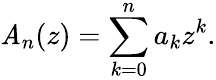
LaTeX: \mathit{A}_{n}(z)=\sum_{k=0}^{n}a_{k}z^{k}.